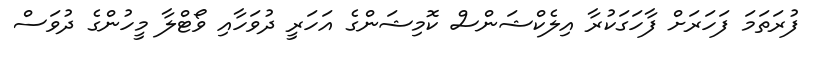
ފުރަތަމަ ފަހަރަށް ފާހަގަކުރާ އިލެކްޝަންސް ކޮމިޝަންގެ އަހަރީ ދުވަހާއި ވޯޓްލާ މީހުންގެ ދުވަސް